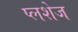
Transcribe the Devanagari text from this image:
प्लशेज